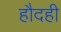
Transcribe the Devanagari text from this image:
हौदही